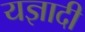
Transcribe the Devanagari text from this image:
यज्ञादी